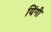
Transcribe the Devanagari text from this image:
यिंगी